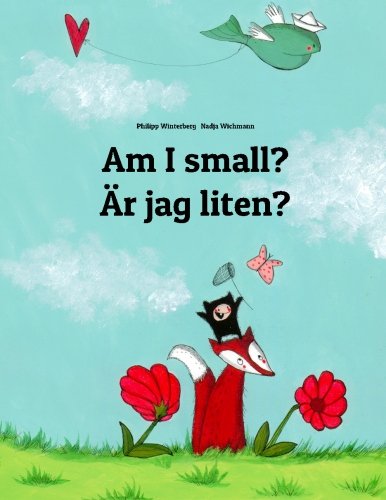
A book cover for Am I small? ÃEr jag liten?: Children's Picture Book English-Swedish (Bilingual Edition); Philipp Winterberg; Children's Books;